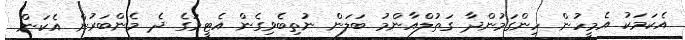
އެކަމަކު އެމީހުން ހިންގަމުންދާ ގަތުލްއާންމު ބަލަން ނުތިބެވިގެން އެޓީމުގެ ދެ މެންބަރުން އެކަން